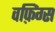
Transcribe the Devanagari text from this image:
वफ़िंग्स